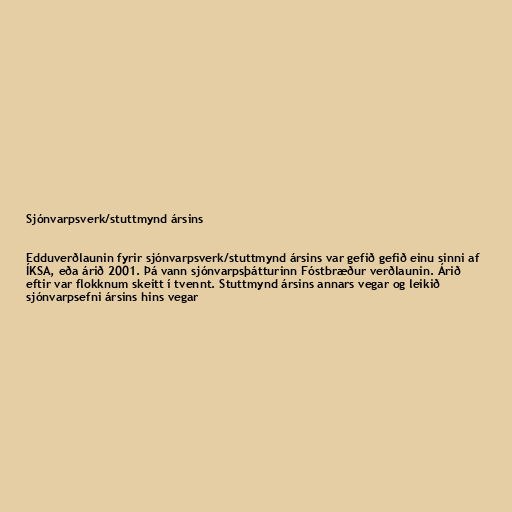
Sjónvarpsverk/stuttmynd ársins

Edduverðlaunin fyrir sjónvarpsverk/stuttmynd ársins var gefið gefið einu sinni af
ÍKSA, eða árið 2001. Þá vann sjónvarpsþátturinn Fóstbræður verðlaunin. Árið
eftir var flokknum skeitt í tvennt. Stuttmynd ársins annars vegar og leikið
sjónvarpsefni ársins hins vegar